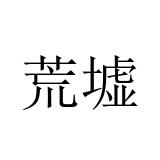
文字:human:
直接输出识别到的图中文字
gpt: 荒墟